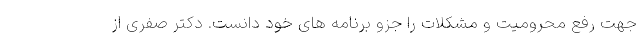
جهت رفع محرومیت و مشکلات را جزو برنامه های خود دانست. دکتر صفری از